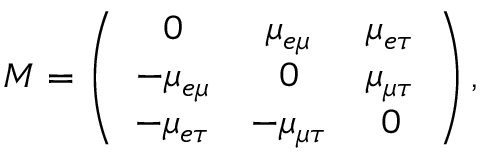
M = \left( \begin{array} { c c c } { { 0 } } & { { \mu _ { e \mu } } } & { { \mu _ { e \tau } } } \\ { { - \mu _ { e \mu } } } & { { 0 } } & { { \mu _ { \mu \tau } } } \\ { { - \mu _ { e \tau } } } & { { - \mu _ { \mu \tau } } } & { { 0 } } \end{array} \right) ,